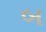
બ